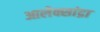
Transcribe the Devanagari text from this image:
आलेक्सांद्रा